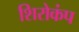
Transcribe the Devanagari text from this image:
शिरोकंप